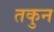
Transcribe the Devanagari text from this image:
तकुन